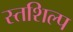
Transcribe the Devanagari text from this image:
स्‍तशिल्प